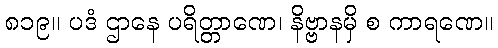
၈၁၉။ ပဒံ ဌာနေ ပရိတ္တာဏေ၊ နိဗ္ဗာနမှိ စ ကာရဏေ။